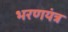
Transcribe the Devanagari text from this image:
भरणयंत्र